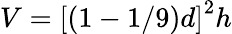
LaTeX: V=\left[\right(1-1/9\left)d\right]^{2}h